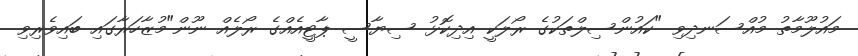
މައުލޫމާތު މުއްސަނދިވި "ކައުންސިލްތަކުގެ ރޯލަކީ އިދިކޮޅު ސިޔާސީ ޕާޓީއެއްގެ ރޯލެއް ނޫން"މުޒާހަރާގައި ބައިވެރިވި